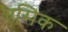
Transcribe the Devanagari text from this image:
एसिक